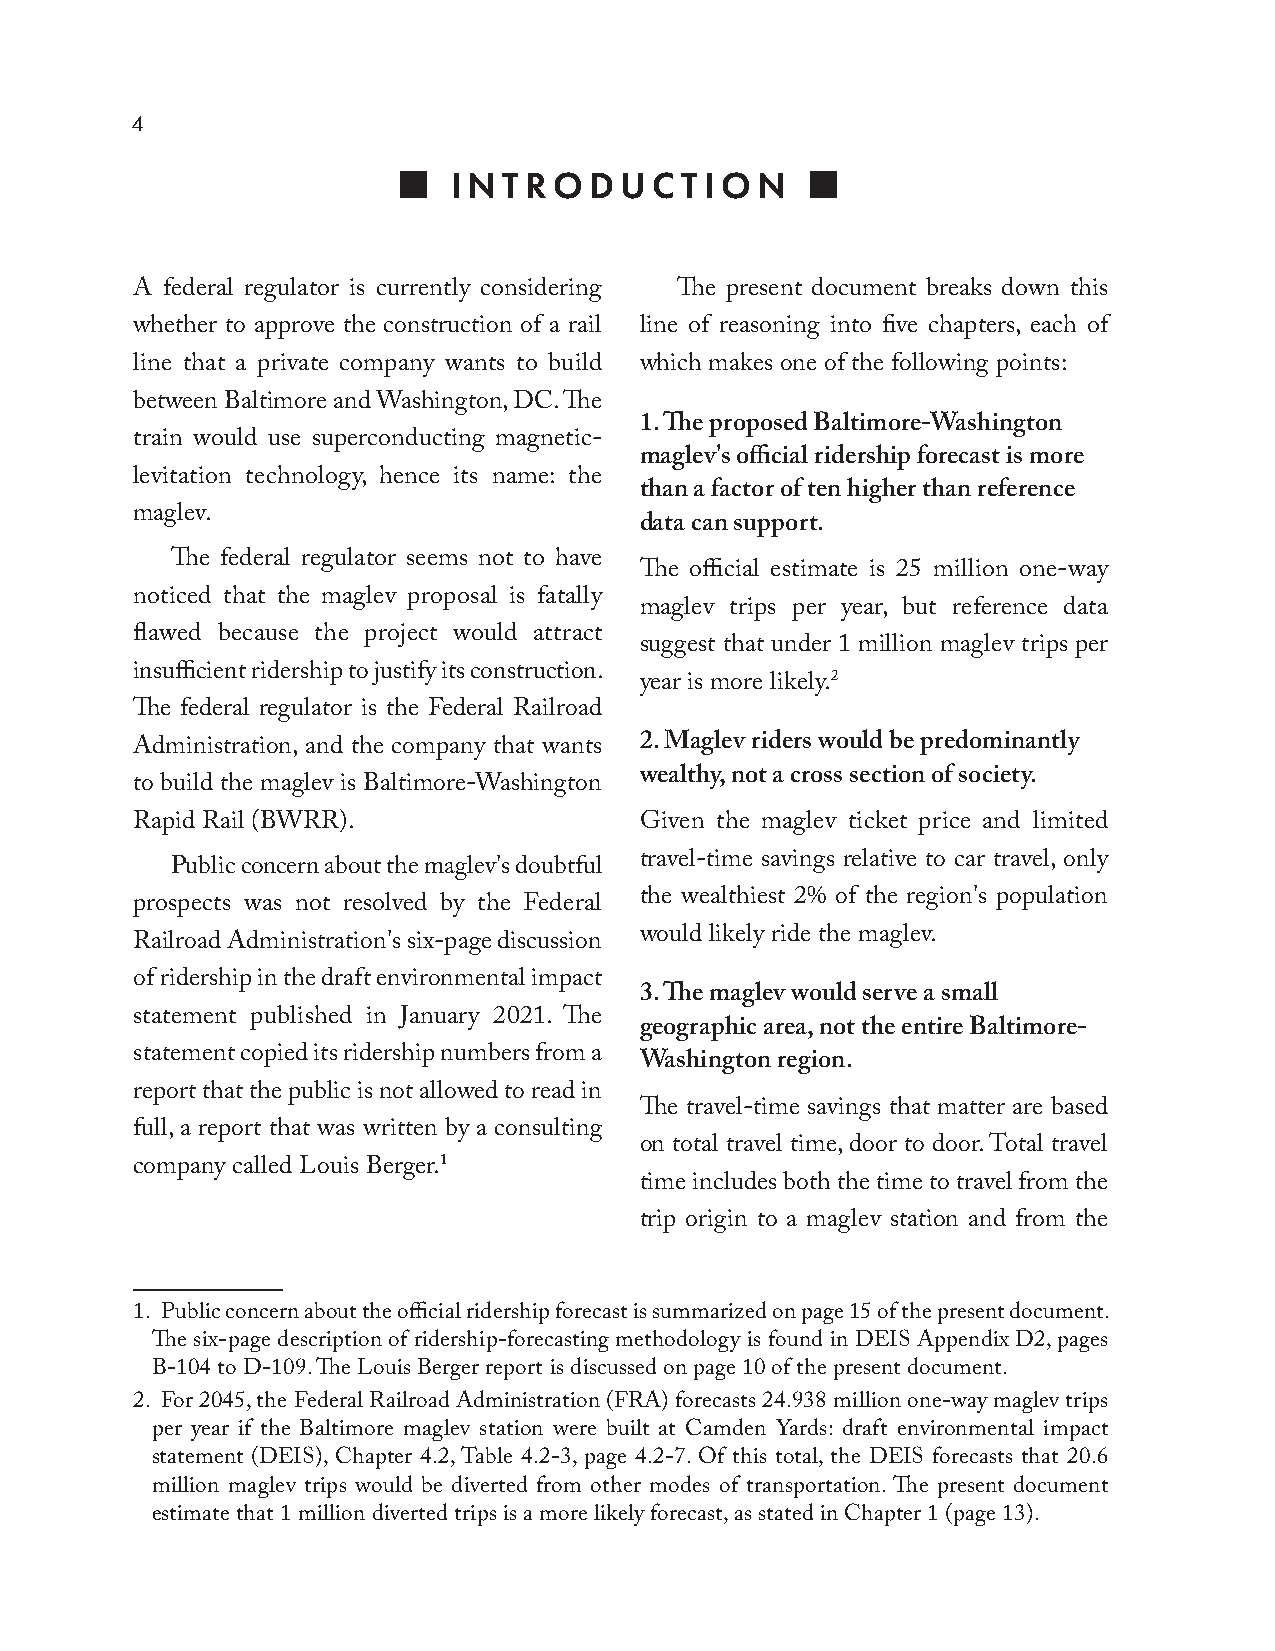
4
    INTRODUC       TION    
 A federal regulator is currently considering The present document breaks down this
 whether to approve the construction of a rail line of reasoning into five chapters, each of
 line that a private company wants to build which makes one of the following points:
 between Baltimore and Washington, DC. The
 1 The proposed Baltimore-Washington
 train would use superconducting magnetic-
 maglev's official ridership forecast is more
 levitation technology, hence its name: the
 than a factor of ten higher than reference
 maglev.
 data can support
 The federal regulator seems not to have
 The official estimate is 25 million one-way
 noticed that the maglev proposal is fatally
 maglev trips per year, but reference data
 flawed because the project would attract
 suggest that under 1 million maglev trips per
 insufficient ridership to justify its construction. year is more likely.2
 The federal regulator is the Federal Railroad
 Administration, and the company that wants 2 Maglev riders would be predominantly
 wealthy, not a cross section of society
 to build the maglev is Baltimore-Washington
 Rapid Rail (BWRR).               Given the maglev ticket price and limited
 travel-time savings relative to car travel, only
 Public concern about the maglev's doubtful
 the wealthiest 2% of the region's population
 prospects was not resolved by the Federal
 would likely ride the maglev.
 Railroad Administration's six-page discussion
 of ridership in the draft environmental impact
 3 The maglev would serve a small
 statement published in January 2021. The
 geographic area, not the entire Baltimore-
 statement copied its ridership numbers from a
 Washington region
 report that the public is not allowed to read in
 The travel-time savings that matter are based
 full, a report that was written by a consulting
 on total travel time, door to door. Total travel
 company called Louis Berger.1
 time includes both the time to travel from the
 trip origin to a maglev station and from the
 1. Public concern about the official ridership forecast is summarized on page 15 of the present document.
 The six-page description of ridership-forecasting methodology is found in DEIS Appendix D2, pages
 B-104 to D-109. The Louis Berger report is discussed on page 10 of the present document.
 2. For 2045, the Federal Railroad Administration (FRA) forecasts 24.938 million one-way maglev trips
 per year if the Baltimore maglev station were built at Camden Yards: draft environmental impact
 statement (DEIS), Chapter 4.2, Table 4.2-3, page 4.2-7. Of this total, the DEIS forecasts that 20.6
 million maglev trips would be diverted from other modes of transportation. The present document
 estimate that 1 million diverted trips is a more likely forecast, as stated in Chapter 1 (page 13).